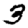
Digit: 3